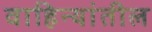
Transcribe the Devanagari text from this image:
वाहिन्यांतील